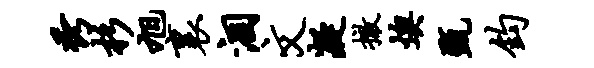
秀杉旭里涸文凝撤燠甄钧